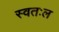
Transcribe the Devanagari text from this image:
स्वतःल